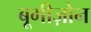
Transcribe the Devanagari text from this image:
बूगीज़ोन